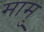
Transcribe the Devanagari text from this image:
मामु